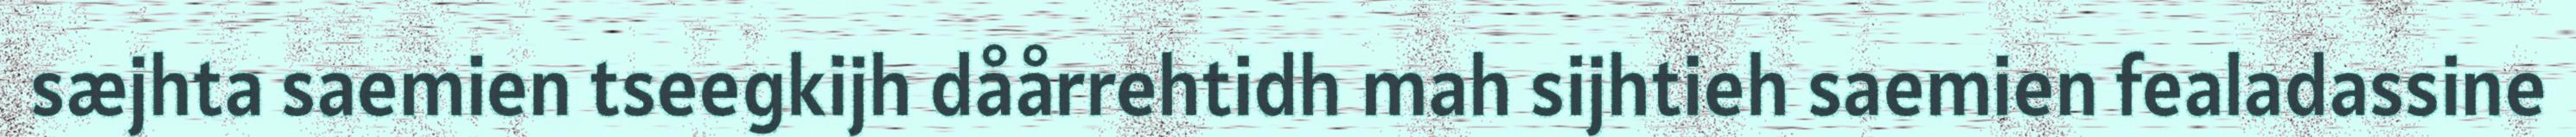
sæjhta saemien tseegkijh dåårrehtidh mah sijhtieh saemien fealadassine